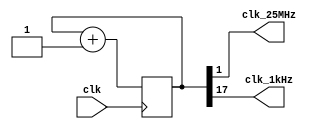
`timescale 1ns / 1ps
//////////////////////////////////////////////////////////////////////////////////
// Company: 
// Engineer: 
// 
// Design Name: 
// Module Name: clk_div
// Project Name: 
// Target Devices: 
// Tool Versions: 
// Description: 
// 
// Dependencies: 
// 
// Revision:
// Revision 0.01 - File Created
// Additional Comments:
// 
//////////////////////////////////////////////////////////////////////////////////


module clk_div(
    input wire clk,
    output wire clk_25MHz,
    output wire clk_1kHz //119Hz
);
    
    reg [28:0]clkdiv;
    
    
    initial begin
        clkdiv <= 0;
    end
    
    
    assign clk_25MHz = clkdiv[1];
    assign clk_1kHz = clkdiv[17];


    always @ (posedge clk)
    begin
        clkdiv <= clkdiv + 1;
    end

endmodule